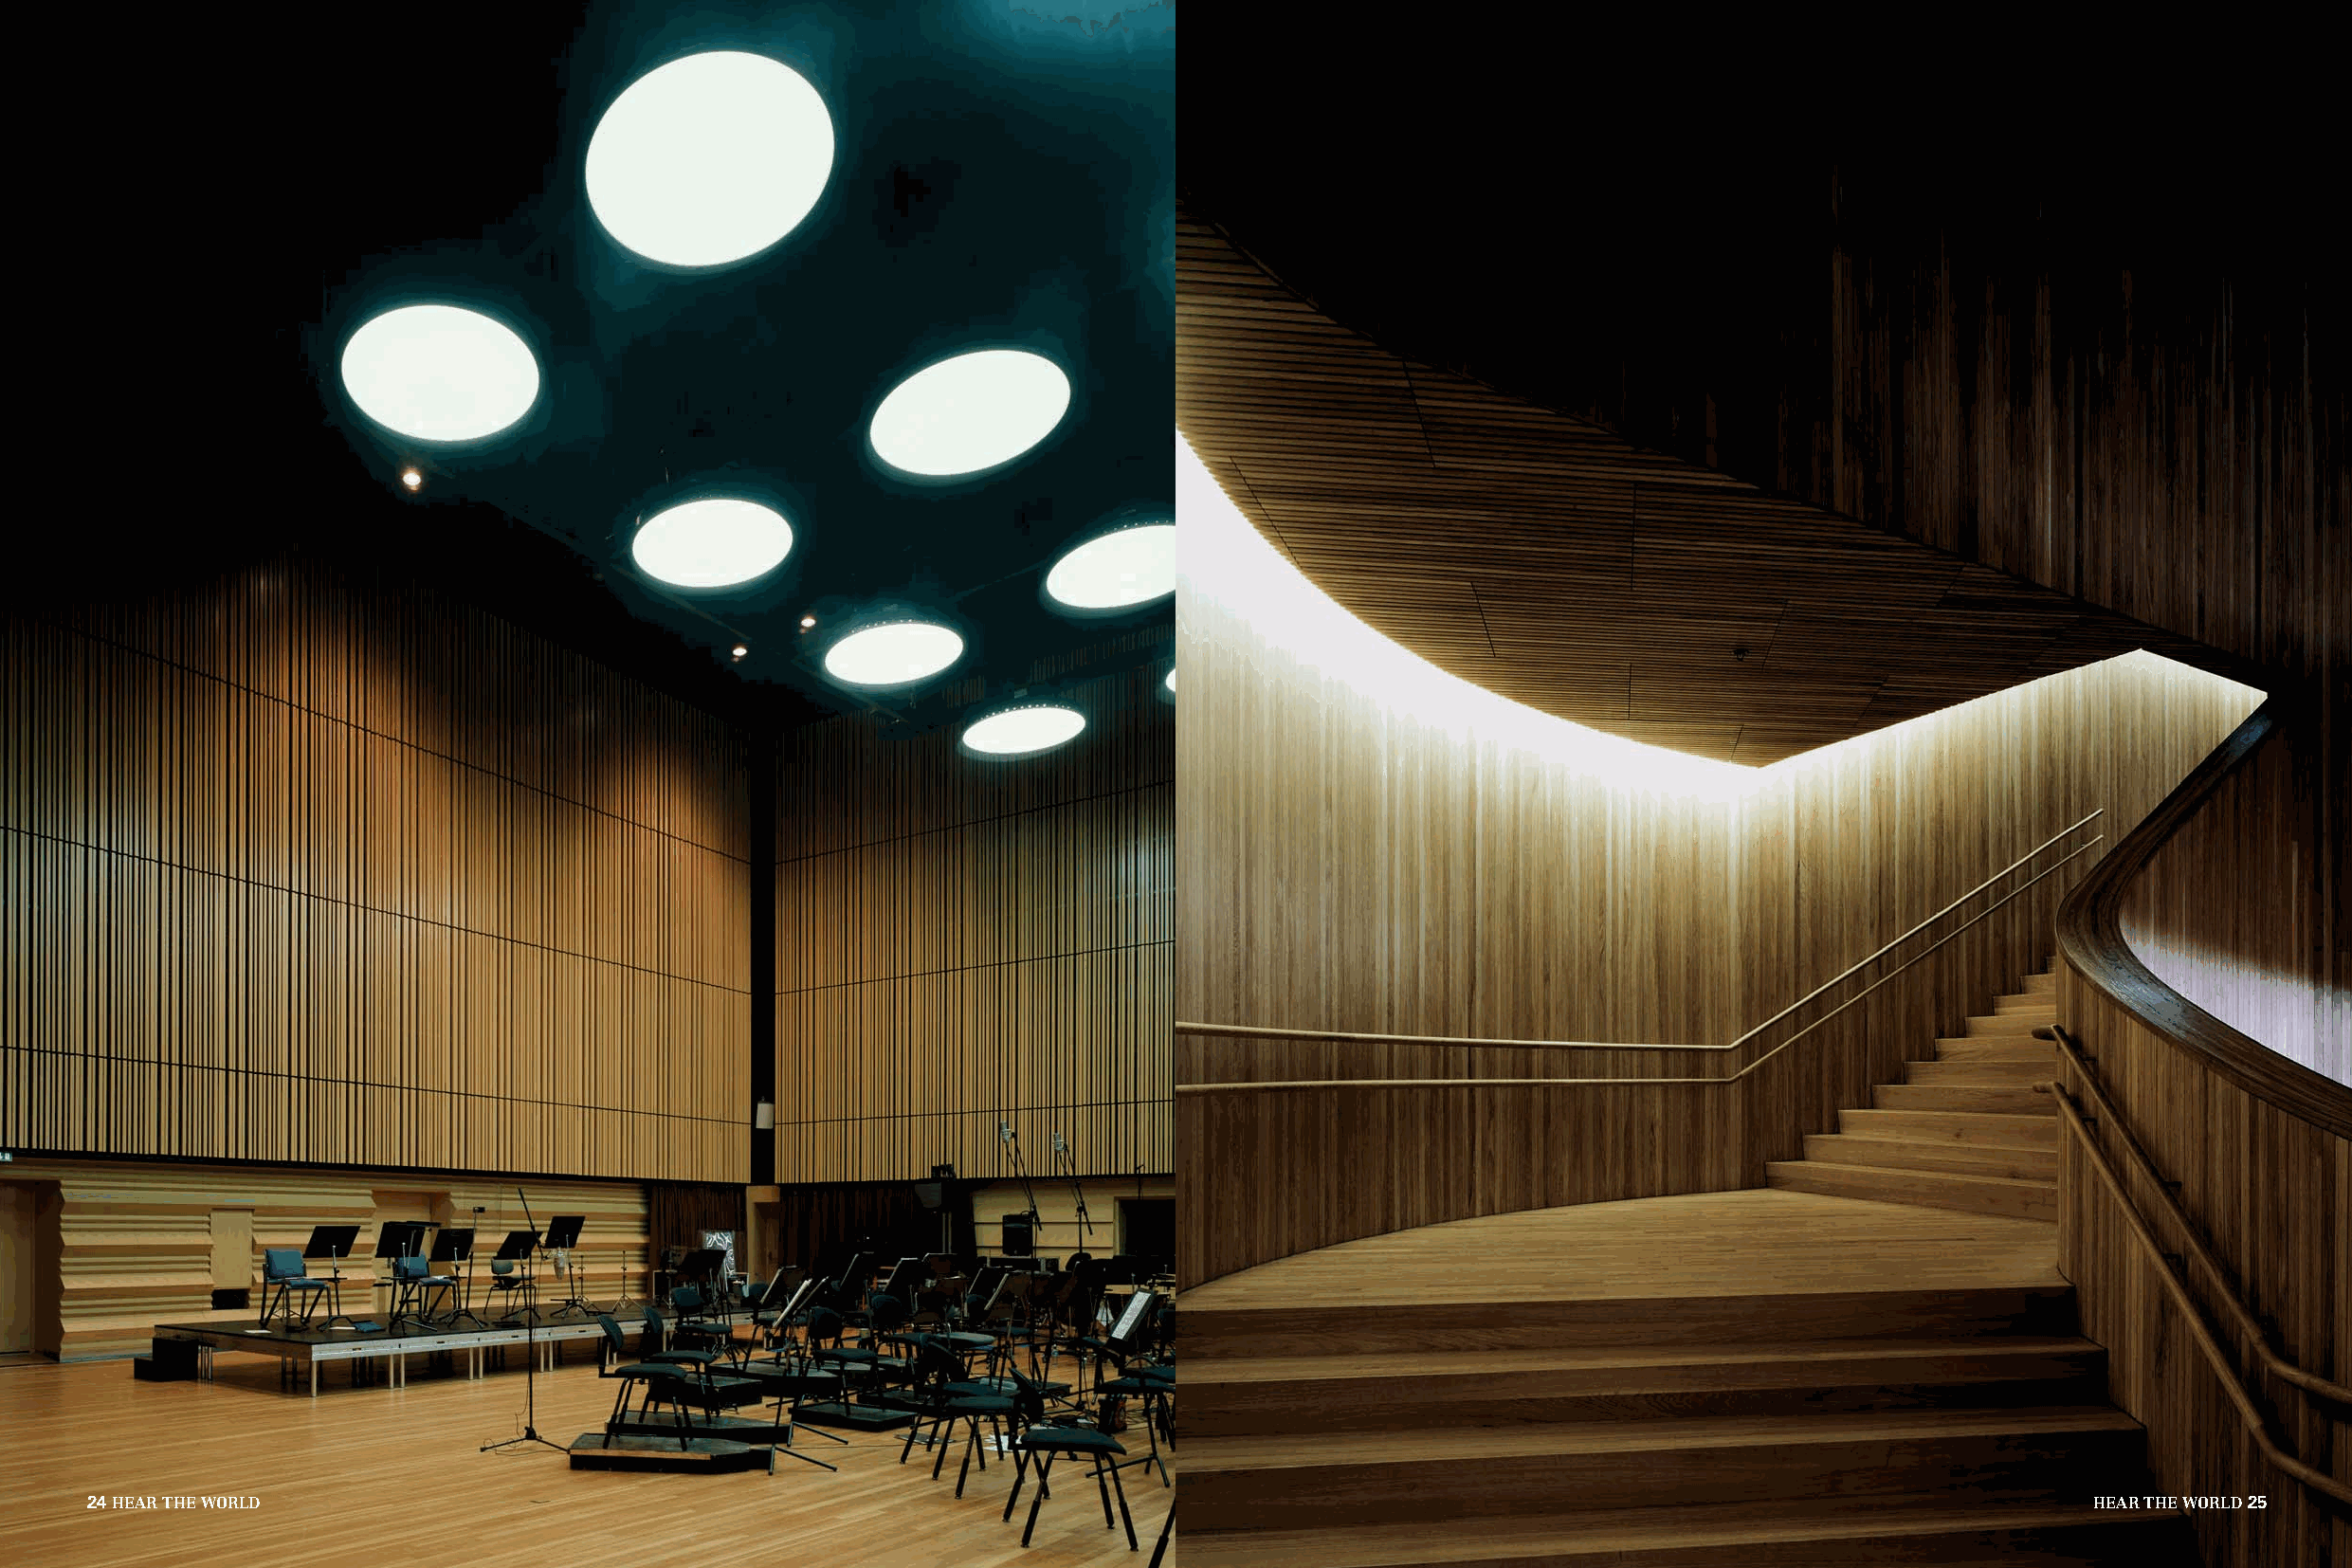
24HEAR THE WORLD                                                                                                                            HEAR THE WORLD25